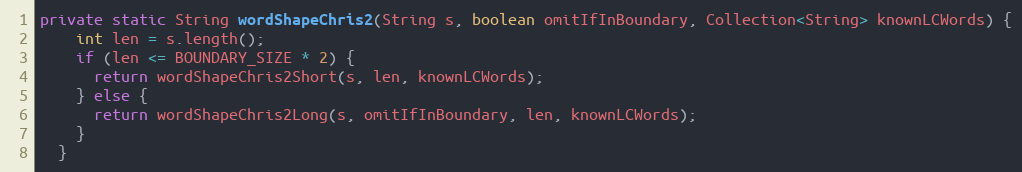
Language: Java
private static String wordShapeChris2(String s, boolean omitIfInBoundary, Collection<String> knownLCWords) {
    int len = s.length();
    if (len <= BOUNDARY_SIZE * 2) {
      return wordShapeChris2Short(s, len, knownLCWords);
    } else {
      return wordShapeChris2Long(s, omitIfInBoundary, len, knownLCWords);
    }
  }